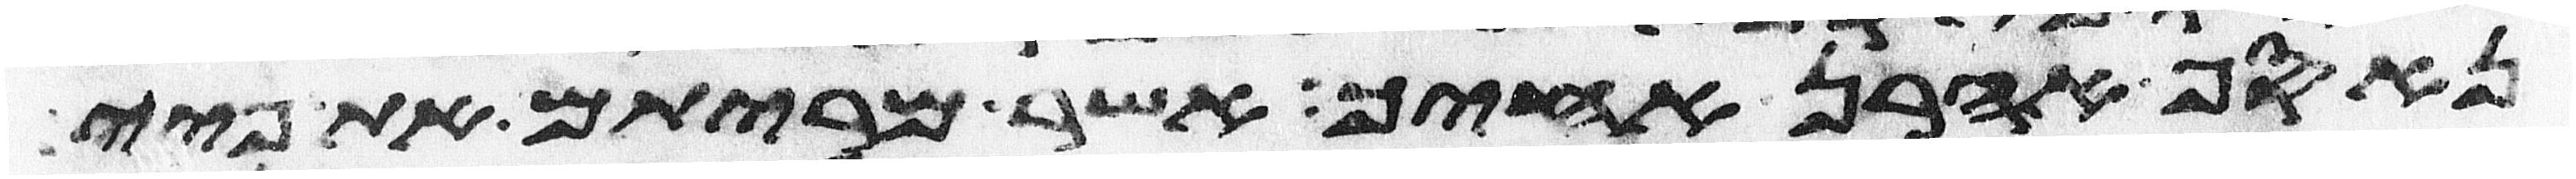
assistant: נאסף אהרן אחיך אשר מריתם את פיי